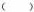
()